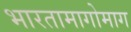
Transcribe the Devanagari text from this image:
भारतामागोमाग